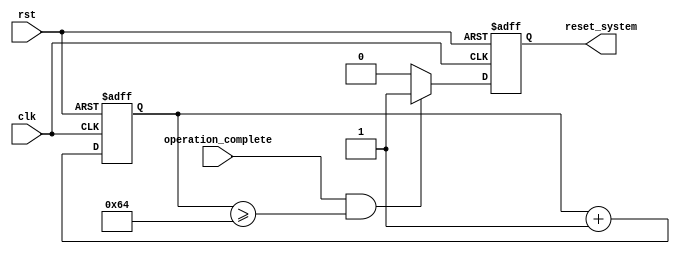
module WatchdogTimer (
    input clk,
    input rst,
    input operation_complete,
    output reg reset_system
);

reg [31:0] operation_timer;

// Timing control block
always @ (posedge clk or posedge rst) begin
    if (rst) begin
        operation_timer <= 32'd0;
    end else begin
        operation_timer <= operation_timer + 1;
    end
end

// Synchronization block
always @ (posedge clk or posedge rst) begin
    if (rst) begin
        reset_system <= 1'b0;
    end else begin
        if (operation_complete && operation_timer >= 32'd100) begin
            reset_system <= 1'b1;
        end else begin
            reset_system <= 1'b0;
        end
    end
end

endmodule